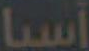
آسيا